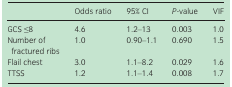
<table><thead><tr><td></td><td><b>Odds ratio</b></td><td><b>95% CI</b></td><td><b><i>P</i>‐value</b></td><td><b>VIF</b></td></tr></thead><tbody><tr><td>GCS ≤8</td><td>4.6</td><td>1.2–13</td><td>0.003</td><td>1.0</td></tr><tr><td>Number of fractured ribs</td><td>1.0</td><td>0.90–1.1</td><td>0.690</td><td>1.5</td></tr><tr><td>Flail chest</td><td>3.0</td><td>1.1–8.2</td><td>0.029</td><td>1.6</td></tr><tr><td>TTSS</td><td>1.2</td><td>1.1–1.4</td><td>0.008</td><td>1.7</td></tr></tbody></table>